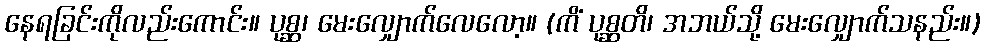
နေရခြင်းကိုလည်းကောင်း။ ပုစ္ဆ၊ မေးလျှောက်လေလော့။ (ကိံ ပုစ္ဆတိ၊ အဘယ်သို့ မေးလျှောက်သနည်း။)